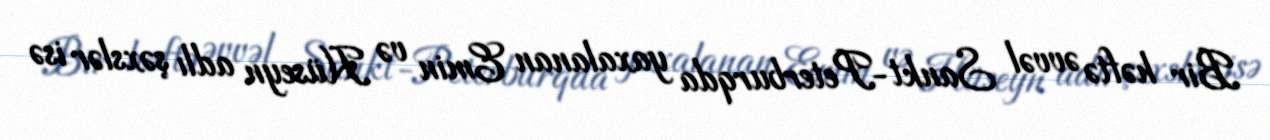
Bir həftə əvvəl Sankt-Peterburqda yaxalanan Emin və Hüseyn adlı şəxslər isə